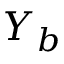
Y _ { b }